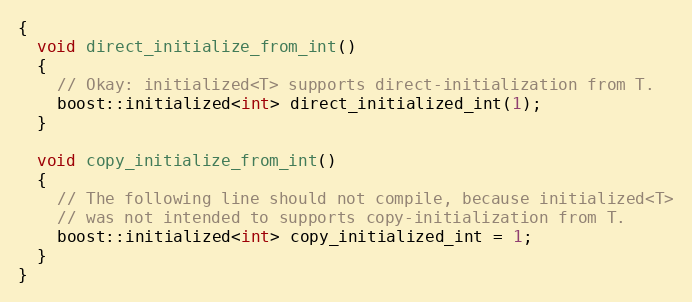
Language: C++
{
  void direct_initialize_from_int()
  {
    // Okay: initialized<T> supports direct-initialization from T.
    boost::initialized<int> direct_initialized_int(1);
  }

  void copy_initialize_from_int()
  {
    // The following line should not compile, because initialized<T>
    // was not intended to supports copy-initialization from T.
    boost::initialized<int> copy_initialized_int = 1;
  }
}